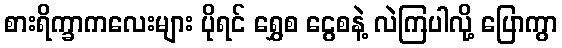
စားရိက္ခာကလေးများ ပိုရင် ရွှေစ ငွေစနဲ့ လဲကြပါလို့ ပြောကွာ